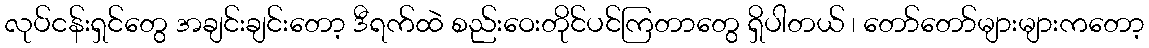
လုပ်ငန်းရှင်တွေ အချင်းချင်းတော့ ဒီရက်ထဲ စည်းဝေးတိုင်ပင်ကြတာတွေ ရှိပါတယ် ၊ တော်တော်များများကတော့